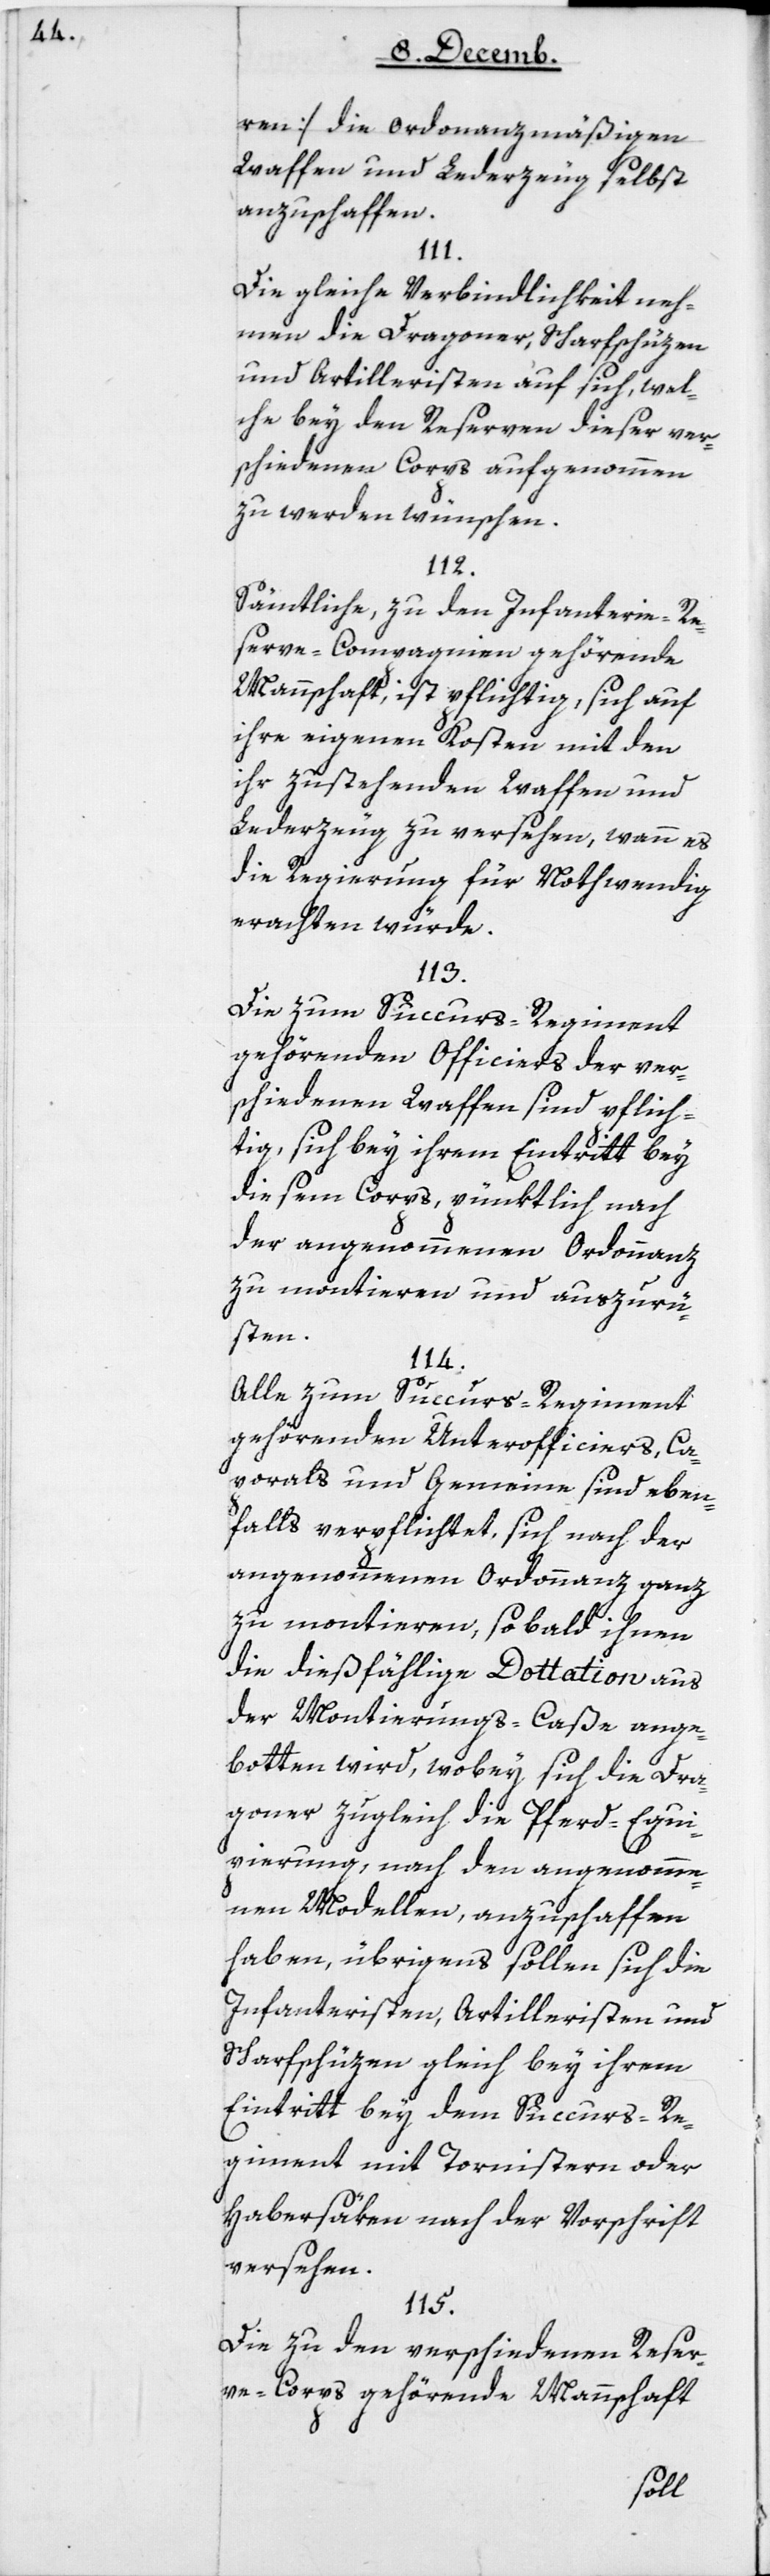
ren] die ordonnanzmäßigen
Waffen und Lederzeug selbst
anzuschaffen.
111.
Die gleiche Verbindlichkeit neh¬
men die Dragoner, Scharfschüzen
und Artilleristen auf sich, wel¬
che bey den Reserven dieser ver¬
schiedenen Corps aufgenommen
zu werden wünschen.
112.
Sämtliche zu den Infanterie-Re¬
serve-Compagnien gehörende
Mannschaft, ist pflichtig, sich auf
ihre eignen Kosten mit den
ihr zustehenden Waffen und
Lederzeug zu versehen, wann es
die Regierung für Nothwendig
erachten würde.
113.
Die zum Succurs-Regiment
gehörenden Officiers der ver¬
schiedenen Waffen sind pflich¬
tig, sich bey ihrem Eintritt bey
diesem Corps, pünktlich nach
der angenommenen Ordonnanz
zu montieren und auszurü¬
sten.
114.
Alle zum Succurs-Regiment
gehörenden Unterofficiers, Ca¬
porals und Gemeine sind eben¬
falls verpflichtet, sich nach der
angenommenen Ordonnanz ganz
zu montieren, so bald ihnen
die dießfählige Dotattion aus
der Montierungs-Caße ange¬
boten wird, wobey sich die Dra¬
goner zugleich die Pferd-Equi¬
pierung, nach den angenomme¬
nen Modellen, anzuschaffen
haben, übrigens sollen sich die
Infanteristen, Artilleristen und
Scharfschüzen gleich bey ihrem
Eintritt bey dem Succurs-Re¬
giment mit Tornistern oder
Habersäken nach der Vorschrift
versehen.
115.
Die zu den verschiedenen Reser¬
ve-Corps gehörende Mannschaft